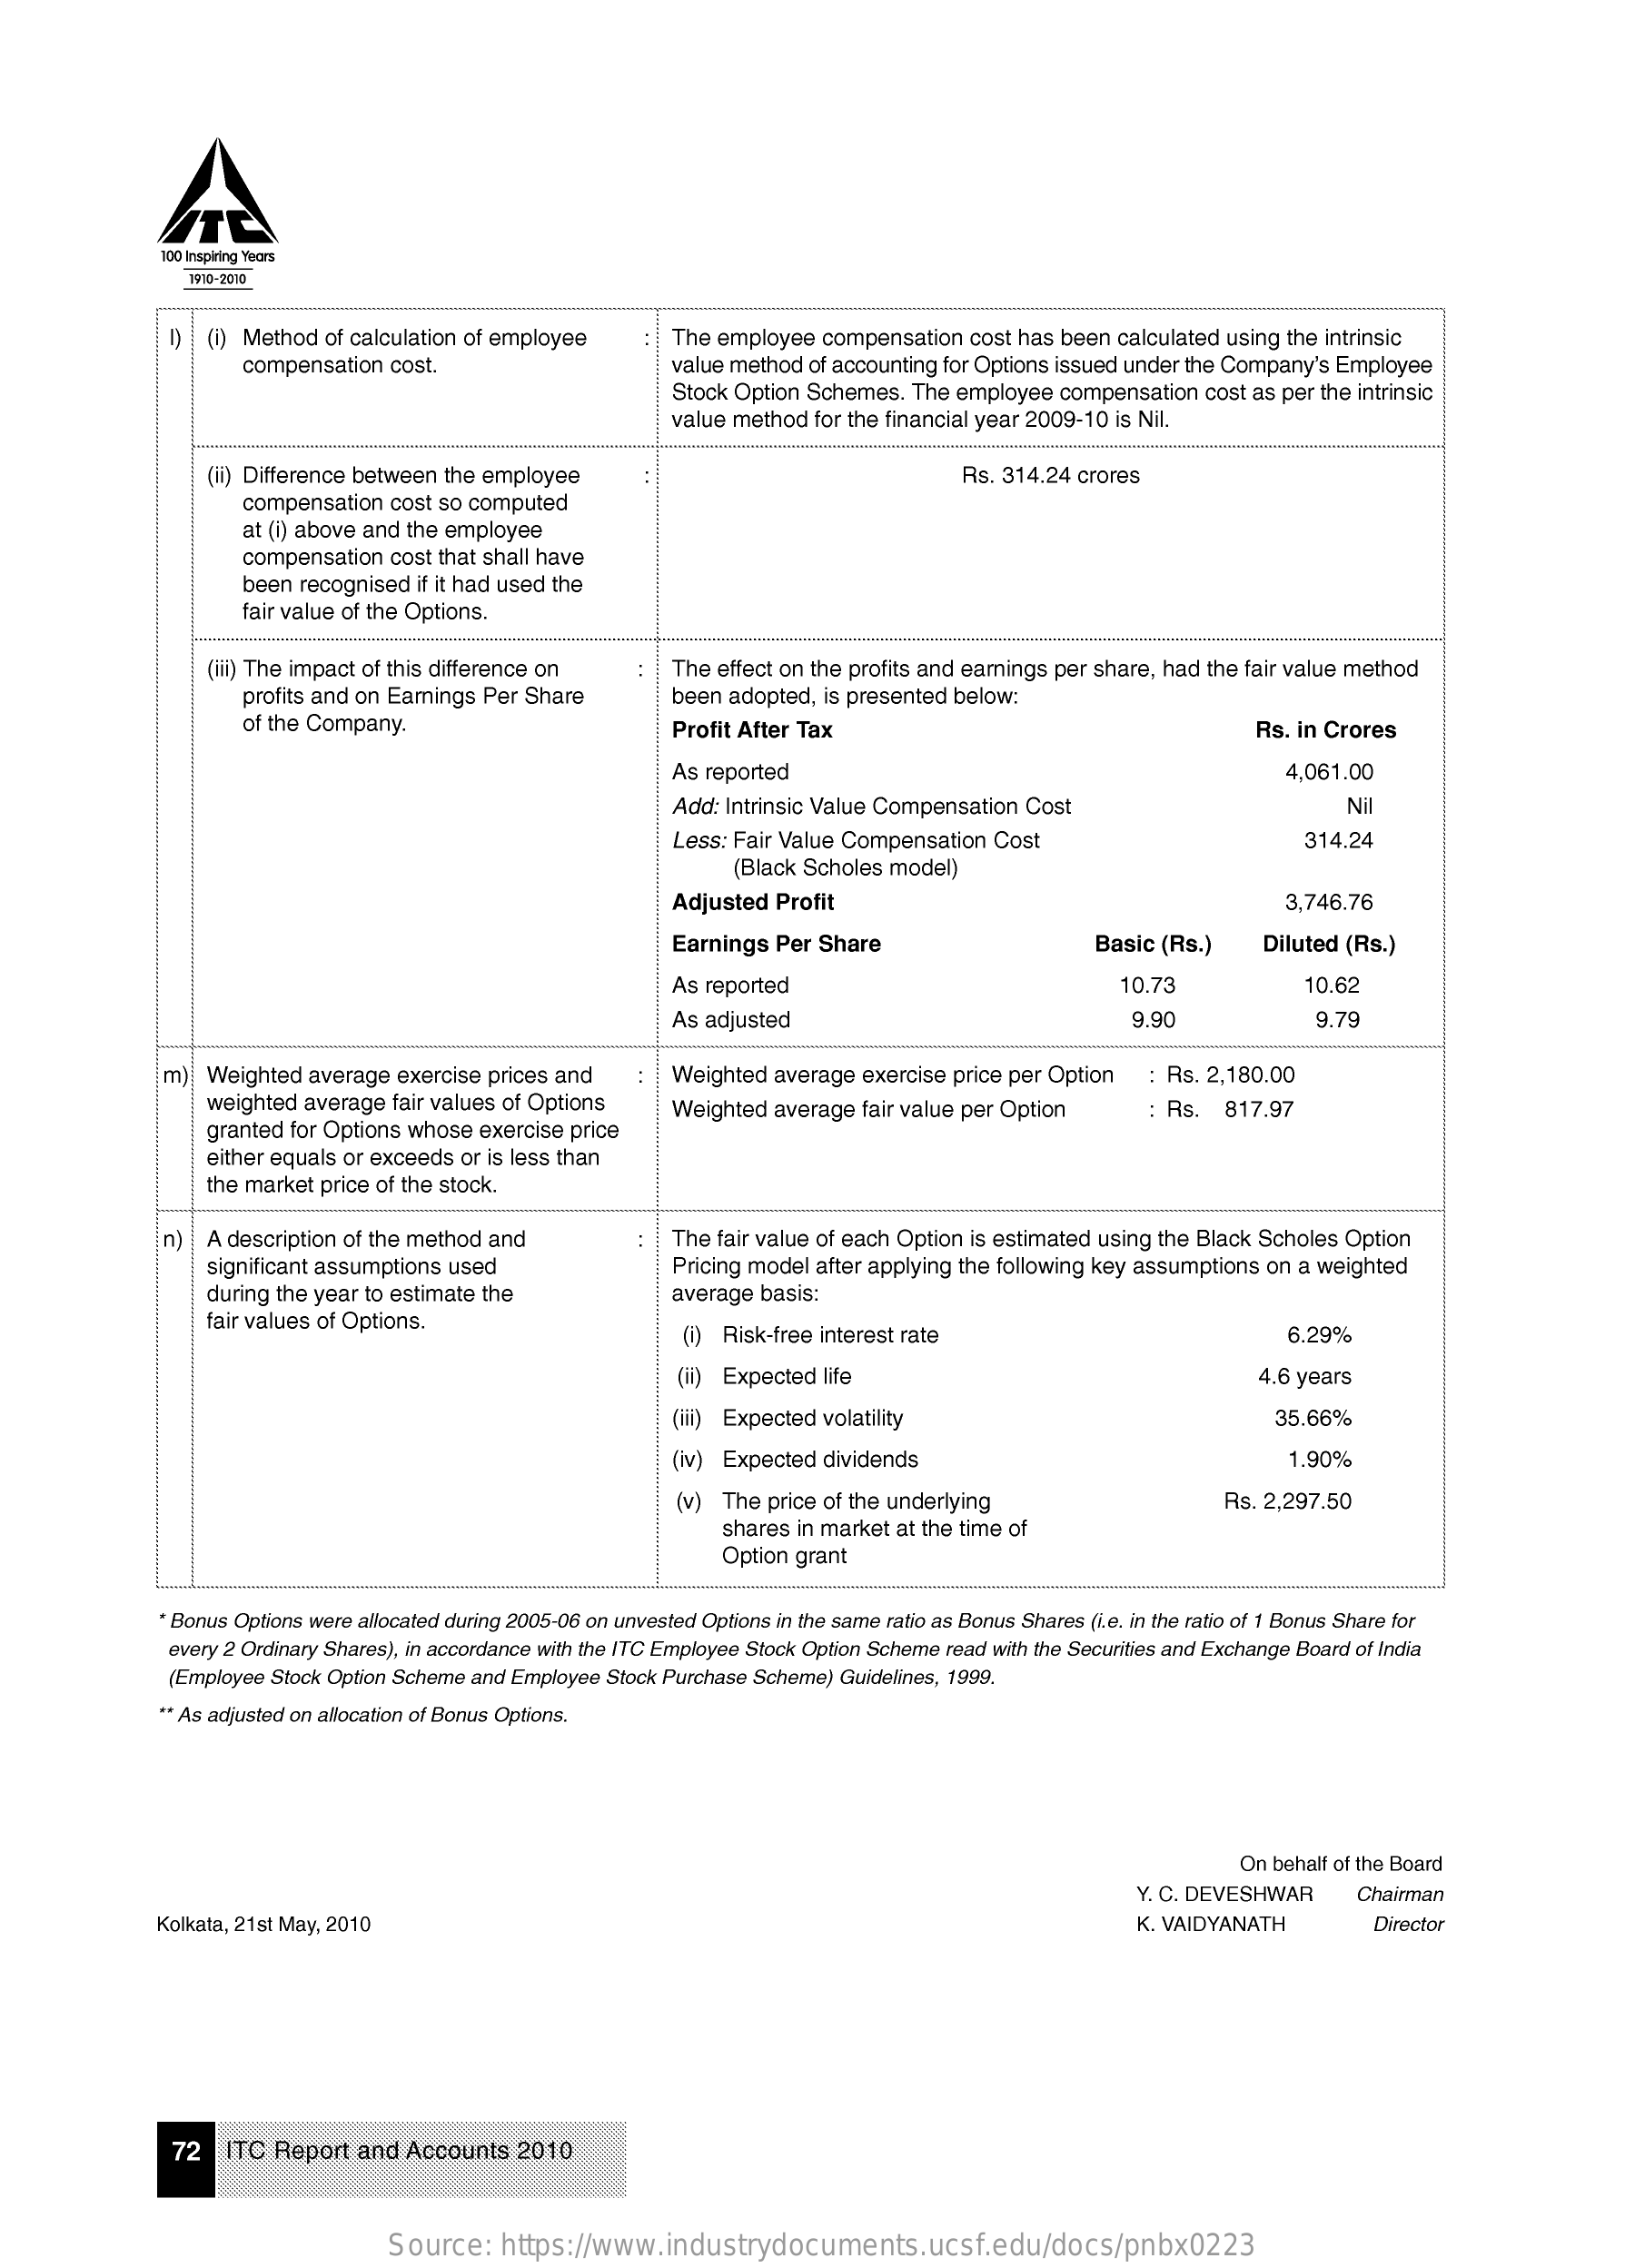
1910-2010
     (i) Method of calculation of employee    The employee compensation cost has been calculated using the intrinsic
     compensation cost.    value method of accounting for Options issued under the Company's Employee
     Stock Option Schemes. The employee compensation cost as per the intrinsic
     value method for the financial year 2009-10 is Nil.
     (ii) Difference between the employee    Rs. 314.24 crores
     compensation cost so computed
     at (i) above and the employee
     compensation cost that shall have
     been recognised if it had used the
     fair value of the Options.
     (iii) The impact of this difference on :  The effect on the profits and earnings per share, had the fair value method
     profits and on Earnings Per Share    been adopted, is presented below:
     of the Company.    Profit After Tax    Rs. in Crores
     As reported    4,061.00
     Add: Intrinsic Value Compensation Cost    Nil
     Less: Fair Value Compensation Cost    314.24
     (Black Scholes model)
     Adjusted Profit    3,746.76
     Earnings Per Share    Basic (Rs.)   Diluted (Rs.)
     As reported    10.73    10.62
     As adjusted    9.90    9.79
     m)  Weighted average exercise prices and  :   Weighted average exercise price per Option : Rs. 2,180.00
     weighted average fair values of Options
     granted for Options whose exercise price
     Weighted average fair value per Option    : Rs.  817.97
     either equals or exceeds or is less than
     the market price of the stock.
     n)  A description of the method and    :  The fair value of each Option is estimated using the Black Scholes Option
     significant assumptions used    Pricing model after applying the following key assumptions on a weighted
     during the year to estimate the
     fair values of Options.
     average basis:
     (1) Risk-free interest rate    6.29%
     (ii) Expected life    4.6 years
     (iii) Expected volatility    35.66%
     (iv) Expected dividends    1.90%
     (v) The price of the underlying    Rs. 2,297.50
     shares in market at the time of
     Option grant
     Bonus Options were allocated during 2005-06 on unvested Options in the same ratio as Bonus Shares (i.e. in the ratio of 1 Bonus Share for
     every 2 Ordinary Shares), in accordance with the ITC Employee Stock Option Scheme read with the Securities and Exchange Board of India
     (Employee Stock Option Scheme and Employee Stock Purchase Scheme) Guidelines, 1999.
     ** As adjusted on allocation of Bonus Options.
     On behalf of the Board
     Y. C. DEVESHWAR    Chairman
     Kolkata, 21st May, 2010    K. VAIDYANATH    Director
     72  ITC  Report and Accounts  2010
     Source:   https://www.industrydocuments.ucsf.edu/docs/pnbx0223